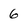
Character: 6